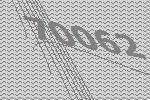
70062